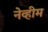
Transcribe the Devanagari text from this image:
नेव्हीम